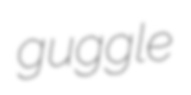
guggle